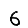
Digit: 6